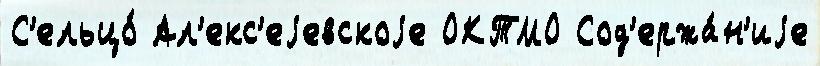
С'ельцо́ Ал'екс'еjевскоjе ОКТМО Сод'ержа́н'иjе